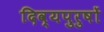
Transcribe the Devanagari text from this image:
दिव्यपुरुषों